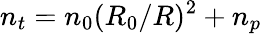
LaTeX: n_{t}=n_{0}(R_{0}/R)^{2}+n_{p}